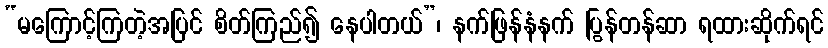
“မကြောင့်ကြတဲ့အပြင် စိတ်ကြည်၍ နေပါတယ်”၊ နက်ဖြန်နံနက် ပြွန်တန်ဆာ ရထားဆိုက်ရင်